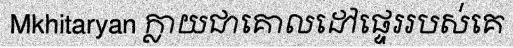
Mkhitaryan ក្លាយជាគោលដៅផ្ទេររបស់គេ